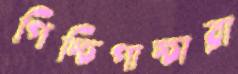
পিচ্চিপাচ্চারা